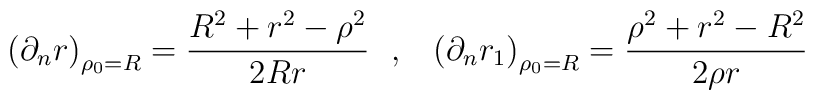
\left( \partial_n r\right)_{\rho_0=R}={R^2+r^2-\rho^2\over 2R r}~~,~~\left( \partial_n r_1\right)_{\rho_0=R}={\rho^2+r^2-R^2\over 2\rho r}